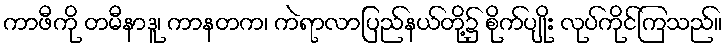
ကာဖီကို တမီနာဒူ၊ ကာနတက၊ ကဲရာလာပြည်နယ်တို့၌ စိုက်ပျိုး လုပ်ကိုင်ကြသည်။